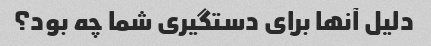
دلیل آنها برای دستگیری شما چه بود؟